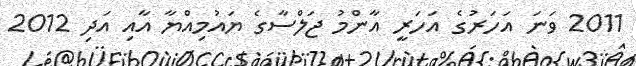
2011 ވަނަ އަހަރުގެ އަހަރީ އާންމު ޖަލްސާގެ ޔައުމިއްޔާ އާއި އަދި 2012